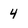
Character: 4